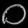
Digit: ၀